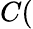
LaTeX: C(